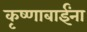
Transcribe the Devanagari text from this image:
कृष्णाबाईंना